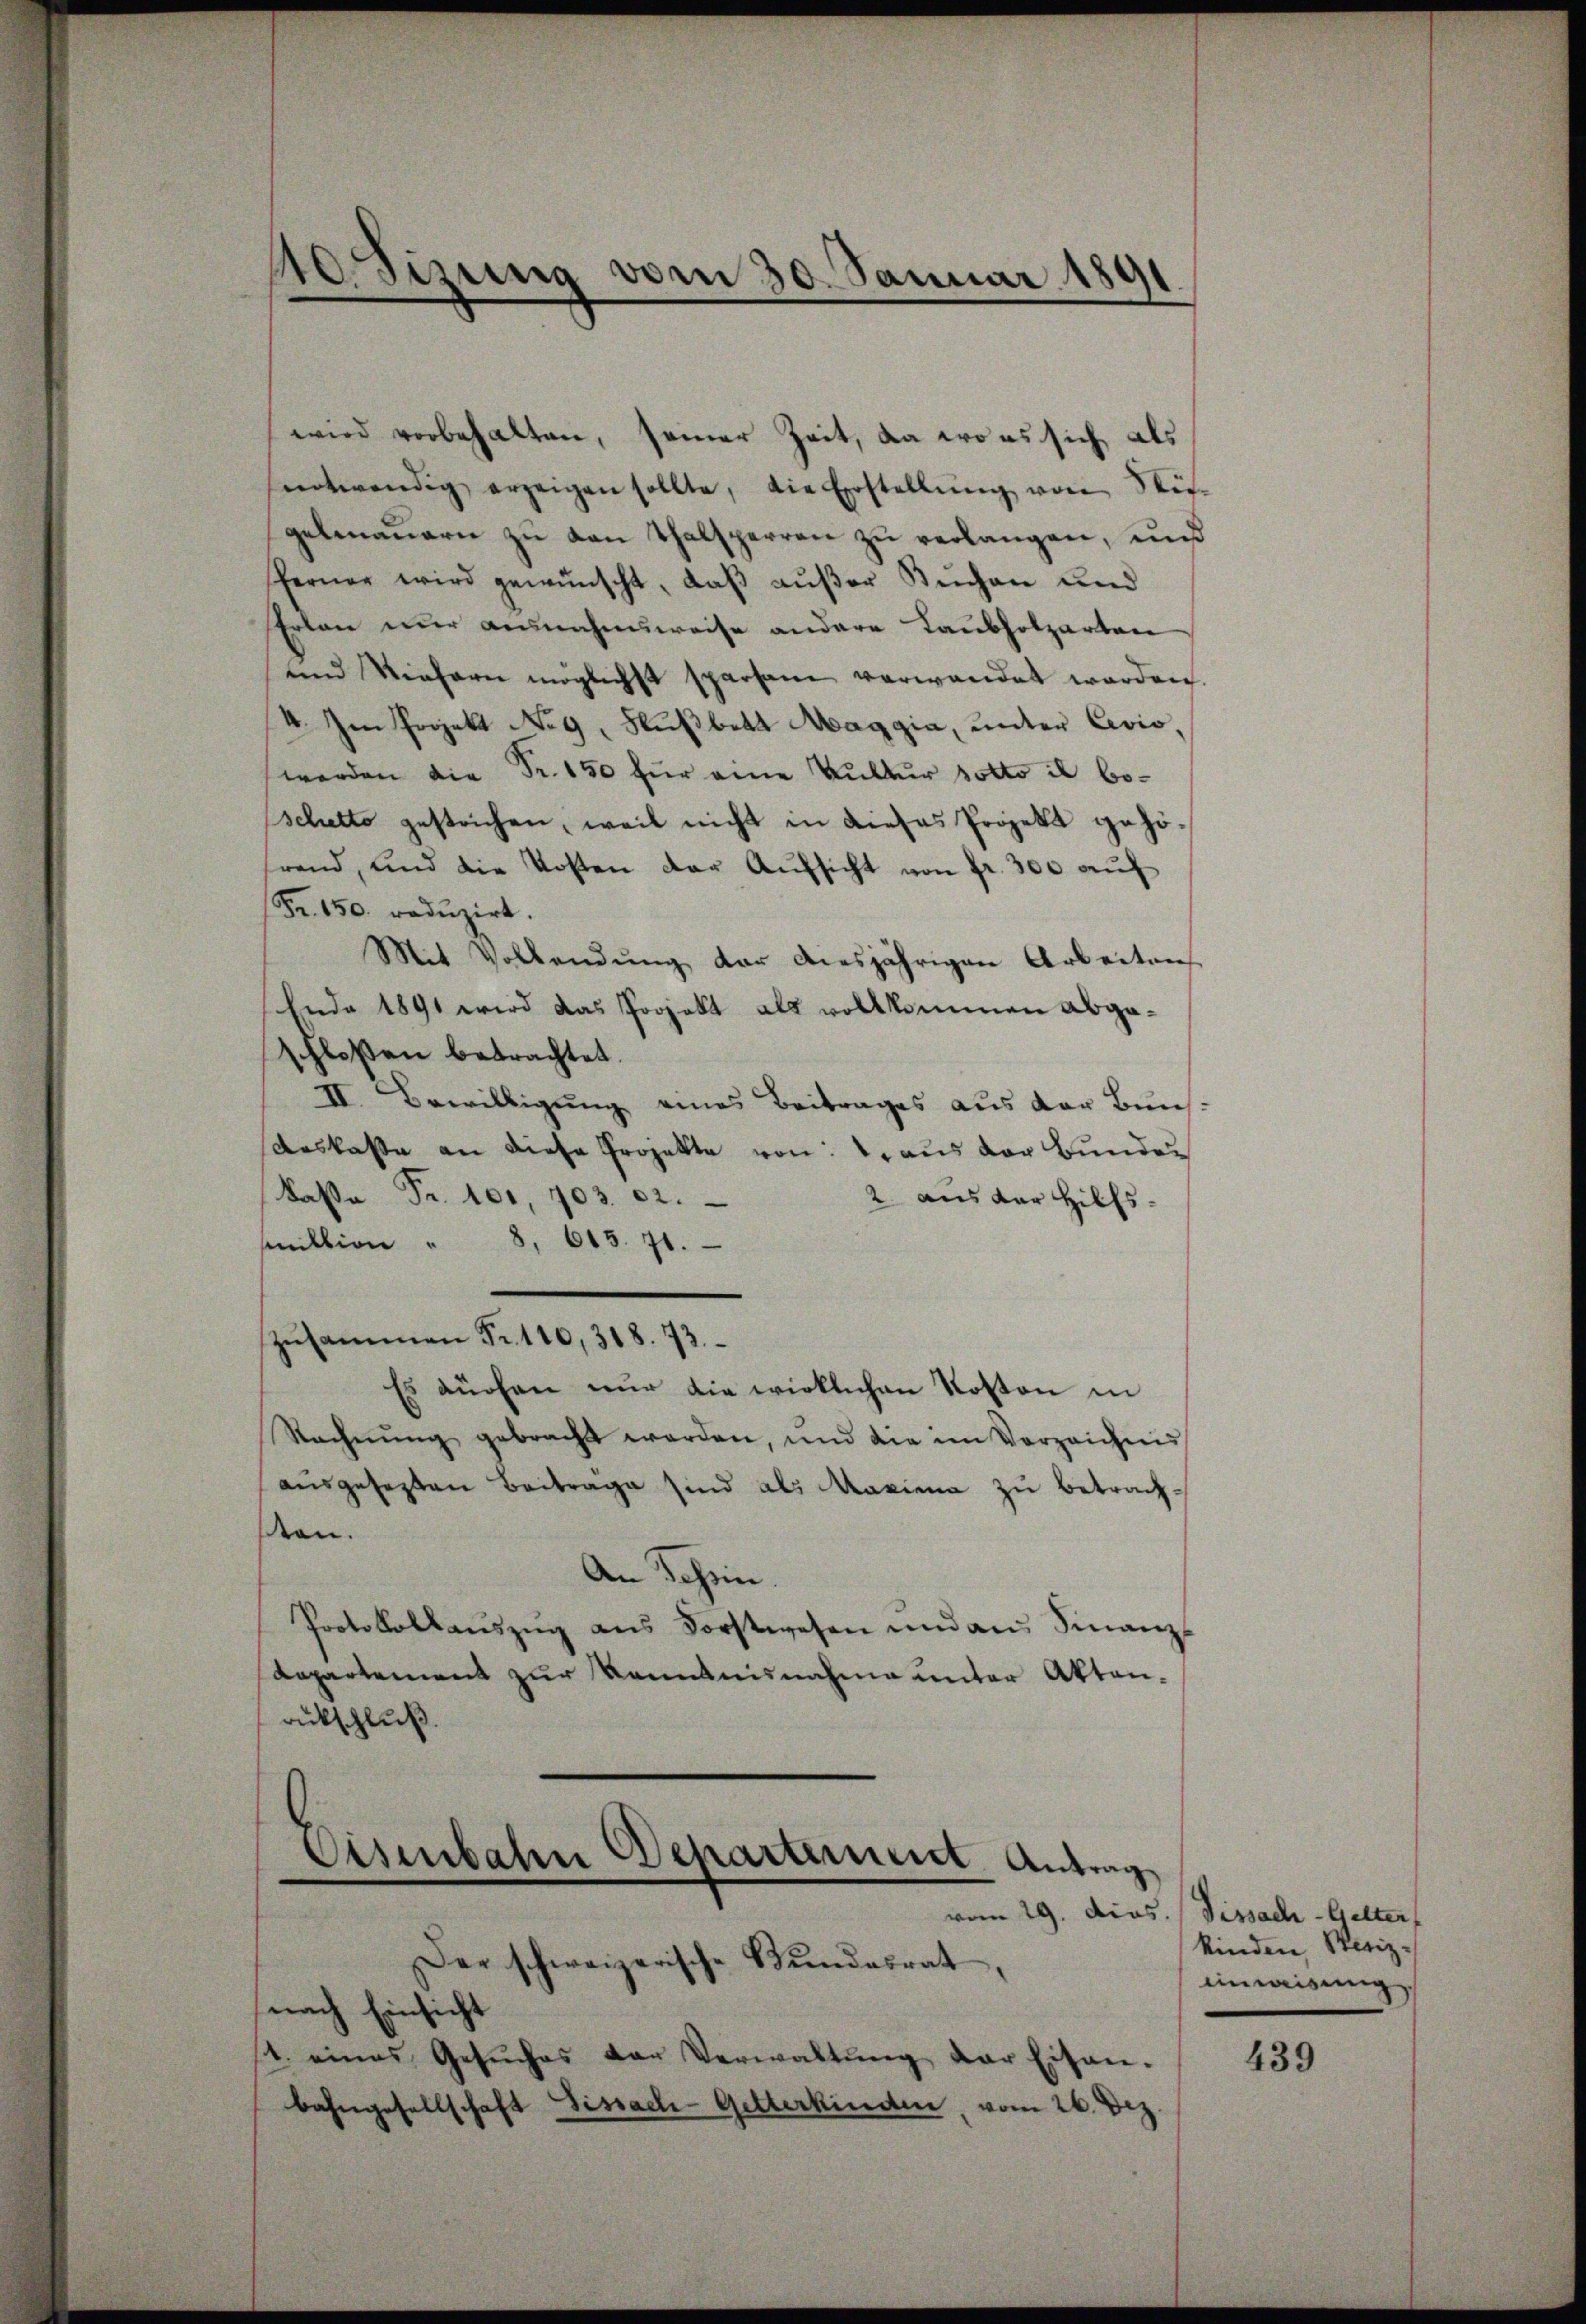
wird vorbehalten, seiner Zeit, da wo es sich als
sentwendig erzeigen sollte, die Erstellŭng von Stü-
gelmauern zu den Thalsperren zu verlangen, und
ferner wird gewünscht, daß außer Kuchen und
Erlan nur ausnahmsweise andere Laubholzarten
und Kiefern möglichst sparsam verwandet worden.
I. Im Projekt No 9. Flußbett Maggia, unter Civio,
werden die Fr. 150 für eine Kultur sotto il boschetto gestrichen, weil nicht in dieses Projekt gehörand, und die Kosten der Aŭfsicht von fr. 300 aŭf
Fr. 150. redŭzirt.
Mit Vollendŭng der diesjährigen Arbeiten
Ende 1891 wird das Projekt als vollkommen Abgaschloßen betrachtet.
II. Bewilligung eines Beitrages aus der Buns¬
Auskasse an diese Projekte von: 1. aus der Bunder
Kassa Fr. 101, 703. 22.
2 aus der Hilfs.
sektion " 8. 613. 71.
zusammen Fr. 110, 318. 73.
Es düchen nŭr die wirklichen Kosten in
Rechnŭng gebracht werden, und die im Verzeichnis
ausgesezten Beitrage sind als Maxima zu betrachten.
An Schein.
Protokollaŭszŭg ans Forstwesen und an Finanz
Repartement zur Kenntnisnahme unter Aktenackschluß.

10Sirung vom 30. Januar 1891

Eisenbahn Departement Antrag
vom 29. Dios. Pissach - Gelter

Der schweizerische Bŭndesrat,
nach Einsicht
4. eines Gesŭches der Verwaltŭng der Eisen-
bahngesellschaft Fissach-Getterkinden, vom 26. Dez

kinden, Steiz-
inweisung

439